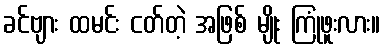
ခင်ဗျား ထမင်း ငတ်တဲ့ အဖြစ် မျိုး ကြုံဖူးလား။